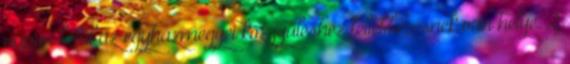
napon belül az egyházmegyei közgyűléshez fellebbezésnek van helye. 2